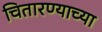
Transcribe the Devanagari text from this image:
चितारण्याच्या